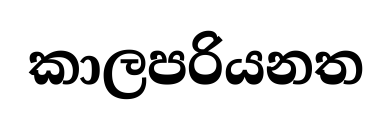
කාලපරියනත